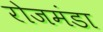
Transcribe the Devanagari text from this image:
रोजमंडा